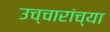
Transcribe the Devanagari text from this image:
उच्चारांच्या